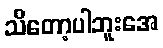
သိတော့ပါဘူးအေ